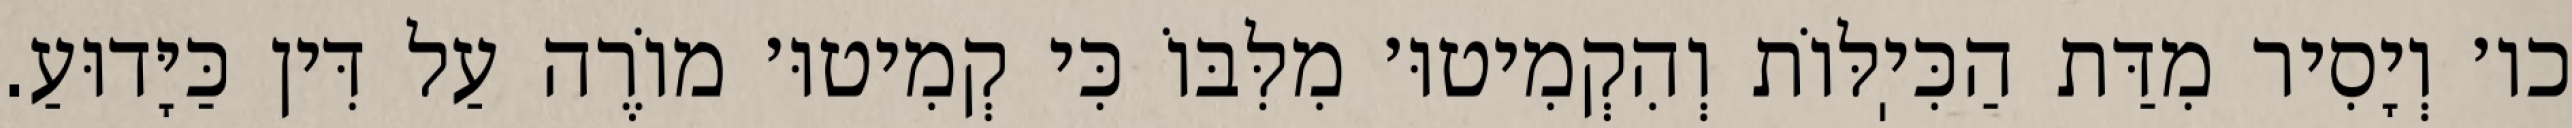
כו׳ וְיָסִיר מִדַּת הַכִּיֽלּוֹת וְהִקְמִיטוּ׳ מִלִּבּוֹ כִּי קְמִיטוּ׳ מוֹרֶה עַל דִּין כַּיָּדוּעַ.